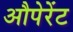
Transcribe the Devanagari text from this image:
औपेरेंट